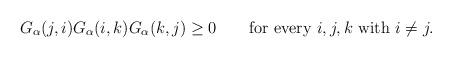
LaTeX: \begin{align*} G_{\alpha}(j,i) G_{\alpha}(i,k) G_{\alpha}(k,j) \geq0\qquad\mbox{for every } i,j,k \mbox{ with } i \not=j.\end{align*}